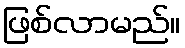
ဖြစ်လာမည်။